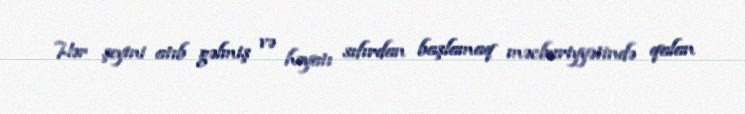
Hər şeyini atıb gəlmiş və həyatı sıfırdan başlamaq məcburiyyətində qalan